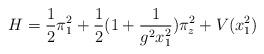
LaTeX: \begin{align*}H = \frac{1}{2}\pi_1^2 + \frac{1}{2}(1 + \frac{1}{g^2x_1^2})\pi_z^2+ V(x_1^2) \end{align*}